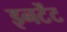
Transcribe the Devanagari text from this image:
इनटेंट